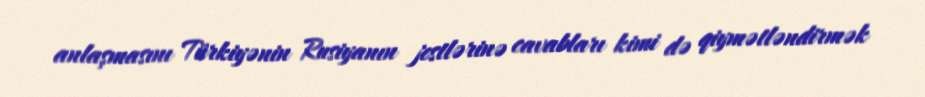
anlaşmasını Türkiyənin Rusiyanın jestlərinə cavabları kimi də qiymətləndirmək